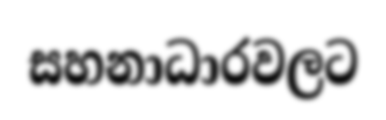
සහනාධාරවලට